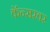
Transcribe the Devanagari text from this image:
कॅन्सरवर